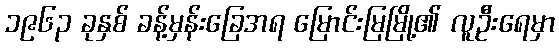
၁၉၆၃ ခုနှစ် ခန့်မှန်းခြေအရ မြောင်းမြမြို့၏ လူဦးရေမှာ